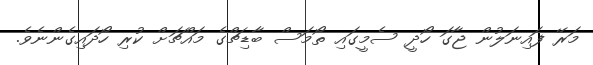
މަރޭ ފައިނަލުން ޖާގަ ހޯދީ ސެމީގައި ތޯމަސް ބާޑިޗްގެ މައްޗަށް ކުރި ހޯދައިގެންނެވެ.